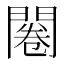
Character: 闂